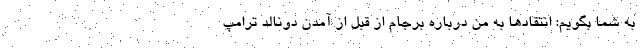
به شما بگويم: انتقادها به من درباره برجام از قبل از آمدن دونالد ترامپ